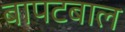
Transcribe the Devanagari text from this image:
बापटबाल